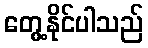
တွေ့နိုင်ပါသည်